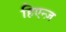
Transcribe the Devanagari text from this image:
हिएन्ज़